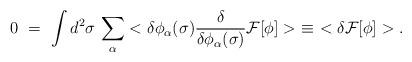
LaTeX: \begin{align*}0\ =\ \int d^2\sigma\,\sum_\alpha < \delta\phi_\alpha(\sigma)\frac{\delta}{\delta \phi_\alpha(\sigma)} {\cal F}[\phi] >\ \equiv\ < \delta {\cal F}[\phi] >.\end{align*}